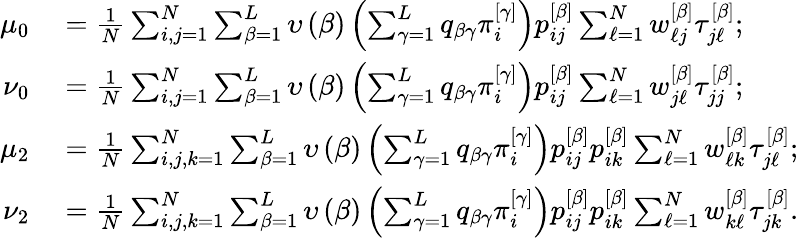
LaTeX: \begin{array}{rl}{\mu_{0}}&{{}=\frac{1}{N}\sum_{i,j=1}^{N}\sum_{\beta=1}^{L}\upsilon\left(\beta\right)\left(\sum_{\gamma=1}^{L}q_{\beta\gamma}\pi_{i}^{\left[\gamma\right]}\right)p_{ij}^{\left[\beta\right]}\sum_{\ell=1}^{N}w_{\ell j}^{\left[\beta\right]}\tau_{j\ell}^{\left[\beta\right]};}\\ {\nu_{0}}&{{}=\frac{1}{N}\sum_{i,j=1}^{N}\sum_{\beta=1}^{L}\upsilon\left(\beta\right)\left(\sum_{\gamma=1}^{L}q_{\beta\gamma}\pi_{i}^{\left[\gamma\right]}\right)p_{ij}^{\left[\beta\right]}\sum_{\ell=1}^{N}w_{j\ell}^{\left[\beta\right]}\tau_{jj}^{\left[\beta\right]};}\\ {\mu_{2}}&{{}=\frac{1}{N}\sum_{i,j,k=1}^{N}\sum_{\beta=1}^{L}\upsilon\left(\beta\right)\left(\sum_{\gamma=1}^{L}q_{\beta\gamma}\pi_{i}^{\left[\gamma\right]}\right)p_{ij}^{\left[\beta\right]}p_{ik}^{\left[\beta\right]}\sum_{\ell=1}^{N}w_{\ell k}^{\left[\beta\right]}\tau_{j\ell}^{\left[\beta\right]};}\\ {\nu_{2}}&{{}=\frac{1}{N}\sum_{i,j,k=1}^{N}\sum_{\beta=1}^{L}\upsilon\left(\beta\right)\left(\sum_{\gamma=1}^{L}q_{\beta\gamma}\pi_{i}^{\left[\gamma\right]}\right)p_{ij}^{\left[\beta\right]}p_{ik}^{\left[\beta\right]}\sum_{\ell=1}^{N}w_{k\ell}^{\left[\beta\right]}\tau_{jk}^{\left[\beta\right]}.}\end{array}